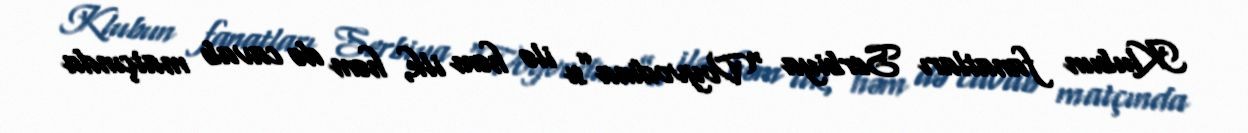
Klubun fanatları Serbiya “Voyvodina”sı ilə həm ilk, həm də cavab matçında